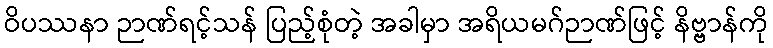
ဝိပဿနာ ဉာဏ်ရင့်သန် ပြည့်စုံတဲ့ အခါမှာ အရိယမဂ်ဉာဏ်ဖြင့် နိဗ္ဗာန်ကို